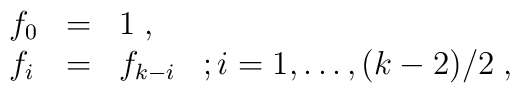
\begin{array}{lll}f_{0}&=&1\;,\\ f_{i}&=&f_{k-i}\;\;\;;i=1,\ldots,(k-2)/2\;,\end{array}